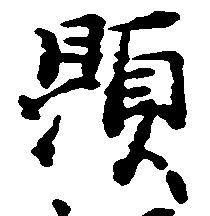
顕